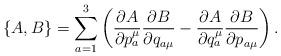
LaTeX: \begin{align*}\{A,B\}=\sum_{a=1}^3\left(\frac{\partial A}{\partial {p_a^\mu}}\frac{\partial B}{\partial {q_{a\mu}}}-\frac{\partial A}{\partial {q_a^\mu}}\frac{\partial B}{\partial {p_{a\mu}}}\right).\end{align*}